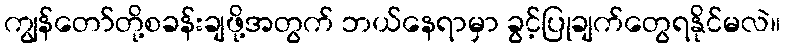
ကျွန်တော်တို့စခန်းချဖို့အတွက် ဘယ်နေရာမှာ ခွင့်ပြုချက်တွေရနိုင်မလဲ။